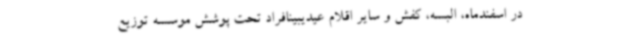
در اسفندماه، البسه، کفش و سایر اقلام عیدیبینافراد تحت پوشش موسسه توزیع